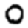
Digit: 0